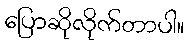
ပြောဆိုလိုက်တာပါ။